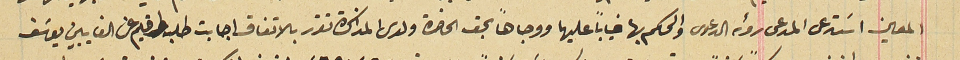
المعين اسَتدعى المدعى رؤيه الدعوى والحكم بها غياباً عليهما ووجاهاً بحق الحاضرة ولدى المذاكرة تقرر بالاتفاق اجابت طلبه واقيم من الغايبين يوسَف